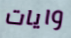
وايات